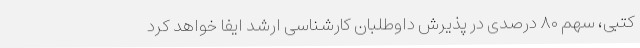
کتبی، سهم ۸۰ درصدی در پذیرش داوطلبان کارشناسی ارشد ایفا خواهد کرد